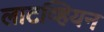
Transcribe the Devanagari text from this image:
लाटव्हियन